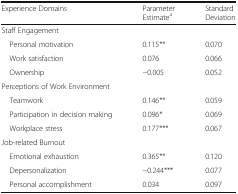
| Experience Domains | Parameter Estimatea | Standard Deviation |
 | --- | --- | --- |
 | <COLSPAN=3> Staff Engagement |
 | Personal motivation | 0.115** | 0.070 |
 | Work satisfaction | 0.076 | 0.066 |
 | Ownership | −0.005 | 0.052 |
 | <COLSPAN=3> Perceptions of Work Environment |
 | Teamwork | 0.146** | 0.059 |
 | Participation in decision making | 0.096* | 0.069 |
 | Workplace stress | 0.177*** | 0.067 |
 | <COLSPAN=3> Job-related Burnout |
 | Emotional exhaustion | 0.365** | 0.120 |
 | Depersonalization | −0.244*** | 0.077 |
 | Personal accomplishment | 0.034 | 0.097 |